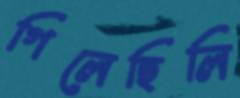
গিলেছিলি